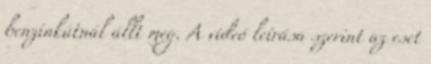
benzinkútnál állt meg. A videó leírása szerint az eset